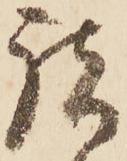
諸